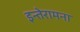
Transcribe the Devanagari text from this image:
इन्तेरामना